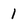
Character: 1